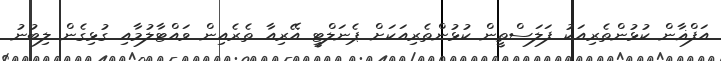
އަފްޣާން ކުޅުންތެރިއަކު ފަލަސްތީން ކުޅުންތެރިއަކަށް ޕެނަލްޓީ އޭރިއާ ތެރެއިން ވައްޓާލުމާއި ގުޅިގެން ލިބުނު